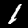
Digit: 1